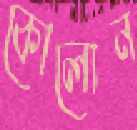
কোলোন